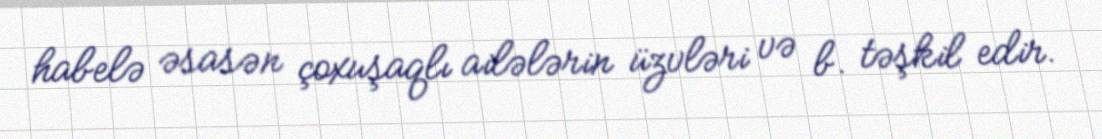
habelə əsasən çoxuşaqlı ailələrin üzvləri və b. təşkil edir.